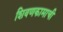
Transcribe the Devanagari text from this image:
शिवणकामाची